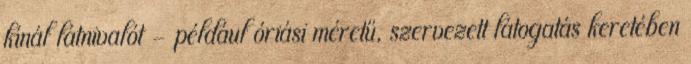
kínál látnivalót – például óriási méretű, szervezett látogatás keretében